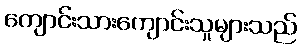
ကျောင်းသားကျောင်းသူများသည်